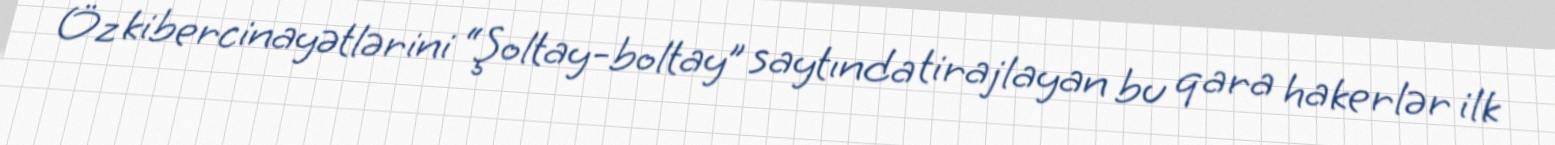
Öz kibercinayətlərini “Şoltay-boltay” saytında tirajlayan bu qara hakerlər ilk